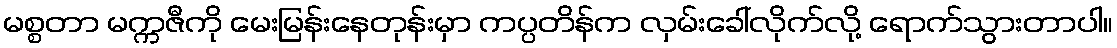
မစ္စတာ မက္ကဇီကို မေးမြန်းနေတုန်းမှာ ကပ္ပတိန်က လှမ်းခေါ်လိုက်လို့ ရောက်သွားတာပါ။